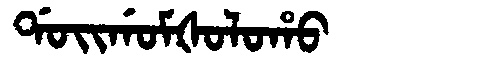
Manchu: ᡩᠣᡳᡤᠣᠮᡧᠣᠯᠣᡥᠣ
Romanization: DOIGOMŠOLOHO